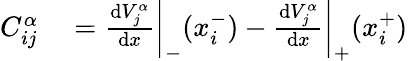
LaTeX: \begin{array}{rl}{C_{ij}^{\alpha}}&{{}=\frac{\mathrm{d}V_{j}^{\alpha}}{\mathrm{d}x}\bigg\vert_{-}(x_{i}^{-})-\frac{\mathrm{d}V_{j}^{\alpha}}{\mathrm{d}x}\bigg\vert_{+}(x_{i}^{+})}\end{array}